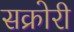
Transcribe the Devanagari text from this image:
सक्रोरी